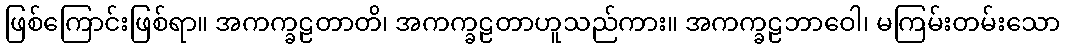
ဖြစ်ကြောင်းဖြစ်ရာ။ အကက္ခဠတာတိ၊ အကက္ခဠတာဟူသည်ကား။ အကက္ခဠဘာဝေါ၊ မကြမ်းတမ်းသော